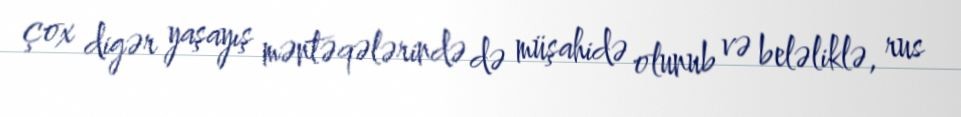
çox digər yaşayış məntəqələrində də müşahidə olunub və beləliklə, rus